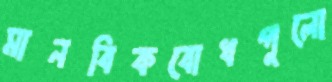
মানবিকবোধগুলো